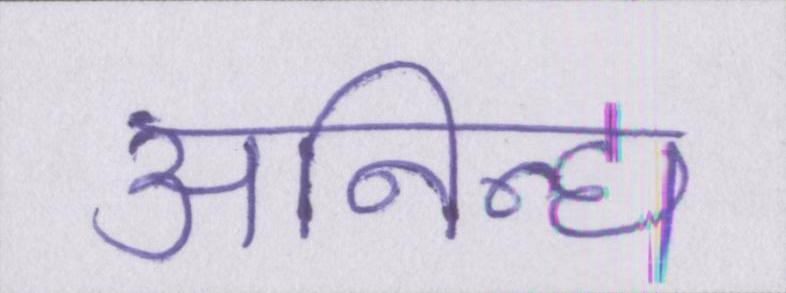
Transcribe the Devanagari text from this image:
अनिन्द्य